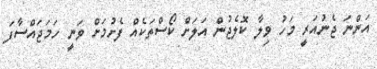
އަންނަ ޖެނުއަރީ މަހު ވިލާ ކޮލެޖުން އަލަށް ކޯސްތަކެއް ފެށުމަށް ވަނީ ހަމަޖައްސާފަ